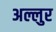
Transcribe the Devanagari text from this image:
अल्लुर